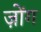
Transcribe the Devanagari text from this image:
ज़ोंग